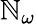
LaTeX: \mathbb{N}_{\omega}